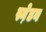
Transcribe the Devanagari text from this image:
स्ने़डन